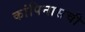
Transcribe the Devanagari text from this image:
कांपिनासची